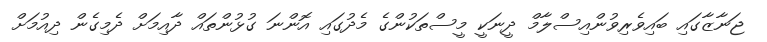
ޖަނާޒާގައި ބައިވެރިވުންއިސްލާމް ދީނަކީ މީސްތަކުންގެ މެދުގައި އޮންނަ ގުޅުންތައް ދާއިމަށް ދެމިގެން ދިއުމަށް